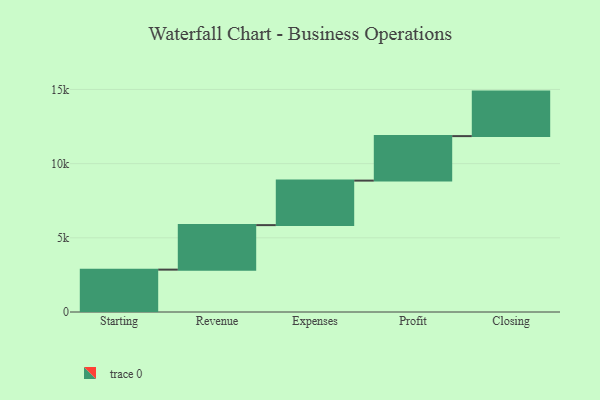
{"axis": {"x": "Step", "y": "Value"}, "legend": [""], "data": [{"x": "Starting", "y": 2856.0, "type": ""}, {"x": "Revenue", "y": 3000, "type": ""}, {"x": "Expenses", "y": 3000, "type": ""}, {"x": "Profit", "y": 3000, "type": ""}, {"x": "Closing", "y": 3000, "type": ""}]}